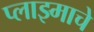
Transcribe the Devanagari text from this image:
प्लाझ्माचे